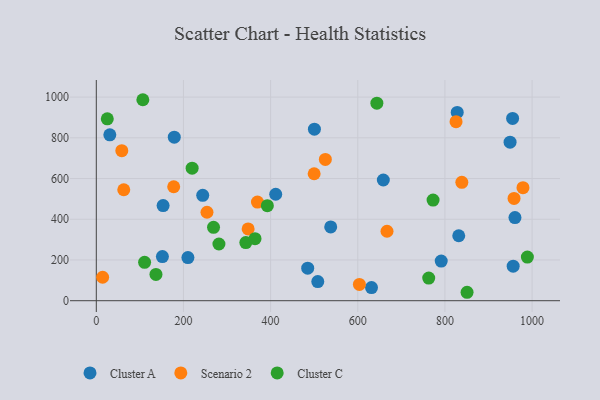
{"axis": {"x": "Ad Spend", "y": "Salary"}, "legend": ["Cluster A", "Cluster C", "Scenario 2"], "data": [{"x": "500.5", "y": 842.5, "type": "Cluster A"}, {"x": "178.9", "y": 803.1, "type": "Cluster A"}, {"x": "955.3", "y": 895.4, "type": "Cluster A"}, {"x": "828.2", "y": 924.6, "type": "Cluster A"}, {"x": "485.1", "y": 159.6, "type": "Cluster A"}, {"x": "537.9", "y": 362.2, "type": "Cluster A"}, {"x": "153.3", "y": 467.4, "type": "Cluster A"}, {"x": "791.5", "y": 194.4, "type": "Cluster A"}, {"x": "658.6", "y": 592.7, "type": "Cluster A"}, {"x": "411.7", "y": 522.7, "type": "Cluster A"}, {"x": "631.5", "y": 64.3, "type": "Cluster A"}, {"x": "831.7", "y": 319.1, "type": "Cluster A"}, {"x": "210.2", "y": 212.0, "type": "Cluster A"}, {"x": "949.5", "y": 778.5, "type": "Cluster A"}, {"x": "151.7", "y": 216.8, "type": "Cluster A"}, {"x": "244.2", "y": 517.4, "type": "Cluster A"}, {"x": "956.6", "y": 169.5, "type": "Cluster A"}, {"x": "508.2", "y": 93.8, "type": "Cluster A"}, {"x": "31.0", "y": 814.6, "type": "Cluster A"}, {"x": "960.7", "y": 408.3, "type": "Cluster A"}, {"x": "254.0", "y": 434.3, "type": "Scenario 2"}, {"x": "177.6", "y": 559.7, "type": "Scenario 2"}, {"x": "603.7", "y": 79.9, "type": "Scenario 2"}, {"x": "825.5", "y": 879.1, "type": "Scenario 2"}, {"x": "667.1", "y": 341.1, "type": "Scenario 2"}, {"x": "958.6", "y": 502.3, "type": "Scenario 2"}, {"x": "525.6", "y": 693.7, "type": "Scenario 2"}, {"x": "979.1", "y": 555.1, "type": "Scenario 2"}, {"x": "58.5", "y": 736.9, "type": "Scenario 2"}, {"x": "348.4", "y": 352.6, "type": "Scenario 2"}, {"x": "499.9", "y": 623.4, "type": "Scenario 2"}, {"x": "838.8", "y": 581.2, "type": "Scenario 2"}, {"x": "369.8", "y": 484.5, "type": "Scenario 2"}, {"x": "14.5", "y": 115.2, "type": "Scenario 2"}, {"x": "63.0", "y": 545.0, "type": "Scenario 2"}, {"x": "106.8", "y": 987.0, "type": "Cluster C"}, {"x": "25.2", "y": 893.3, "type": "Cluster C"}, {"x": "343.1", "y": 285.3, "type": "Cluster C"}, {"x": "281.4", "y": 278.5, "type": "Cluster C"}, {"x": "364.2", "y": 304.4, "type": "Cluster C"}, {"x": "110.8", "y": 188.4, "type": "Cluster C"}, {"x": "989.2", "y": 214.5, "type": "Cluster C"}, {"x": "219.9", "y": 651.0, "type": "Cluster C"}, {"x": "136.9", "y": 129.3, "type": "Cluster C"}, {"x": "850.8", "y": 41.4, "type": "Cluster C"}, {"x": "643.8", "y": 969.9, "type": "Cluster C"}, {"x": "392.5", "y": 466.7, "type": "Cluster C"}, {"x": "762.8", "y": 110.9, "type": "Cluster C"}, {"x": "269.0", "y": 360.6, "type": "Cluster C"}, {"x": "772.8", "y": 494.4, "type": "Cluster C"}]}